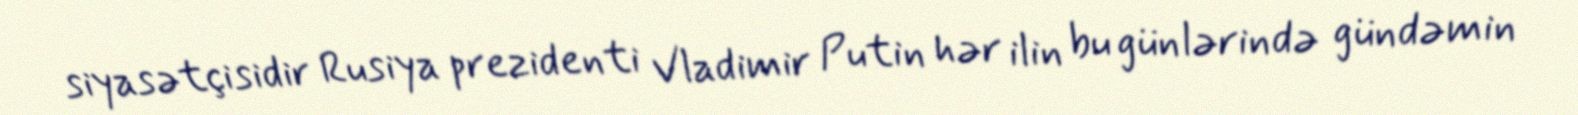
siyasətçisidir Rusiya prezidenti Vladimir Putin hər ilin bu günlərində gündəmin